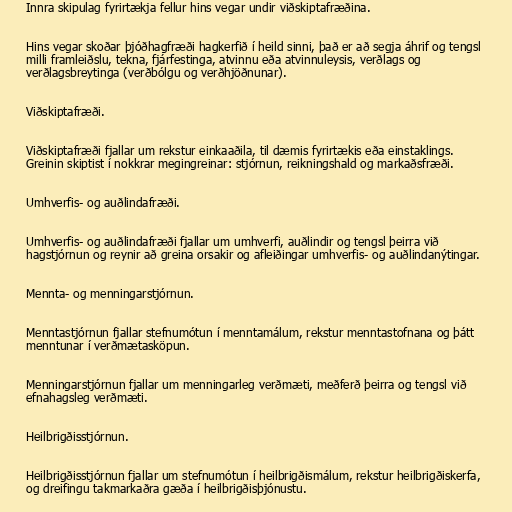
Innra skipulag fyrirtækja fellur hins vegar undir viðskiptafræðina.

Hins vegar skoðar þjóðhagfræði hagkerfið í heild sinni, það er að segja áhrif og tengsl
milli framleiðslu, tekna, fjárfestinga, atvinnu eða atvinnuleysis, verðlags og
verðlagsbreytinga (verðbólgu og verðhjöðnunar).

Viðskiptafræði.

Viðskiptafræði fjallar um rekstur einkaaðila, til dæmis fyrirtækis eða einstaklings.
Greinin skiptist í nokkrar megingreinar: stjórnun, reikningshald og markaðsfræði.

Umhverfis- og auðlindafræði.

Umhverfis- og auðlindafræði fjallar um umhverfi, auðlindir og tengsl þeirra við
hagstjórnun og reynir að greina orsakir og afleiðingar umhverfis- og auðlindanýtingar.

Mennta- og menningarstjórnun.

Menntastjórnun fjallar stefnumótun í menntamálum, rekstur menntastofnana og þátt
menntunar í verðmætasköpun.

Menningarstjórnun fjallar um menningarleg verðmæti, meðferð þeirra og tengsl við
efnahagsleg verðmæti.

Heilbrigðisstjórnun.

Heilbrigðisstjórnun fjallar um stefnumótun í heilbrigðismálum, rekstur heilbrigðiskerfa,
og dreifingu takmarkaðra gæða í heilbrigðisþjónustu.